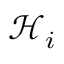
\mathscr { H } _ { i }